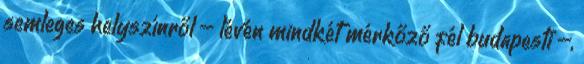
semleges helyszínről – lévén mindkét mérkőző fél budapesti –,